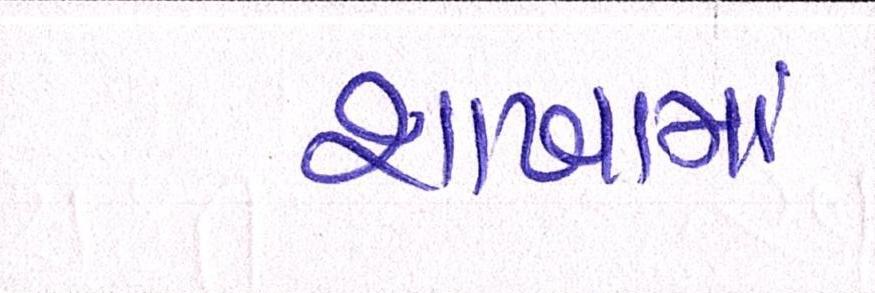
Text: શાખામાં